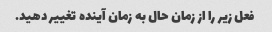
فعل زیر را از زمان حال به زمان آینده تغییر دهید.